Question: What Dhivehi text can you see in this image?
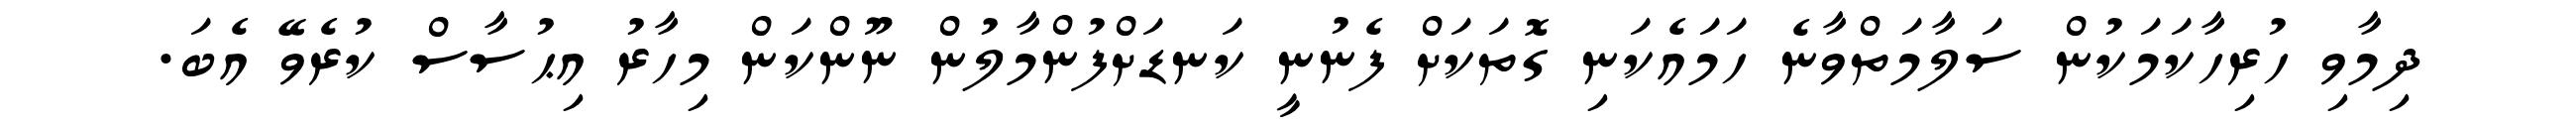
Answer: ދިމާވި ހުރިހާކަމަކުން ސަލާމަތްވާނެ ހަމައެކަނި ގޮތަކަށް ފެނުނީ ކަނޑަށްފުންމާލުން ނޫންކަން މިހާރު އިޙުސާސް ކުރެވޭ އެބަ.